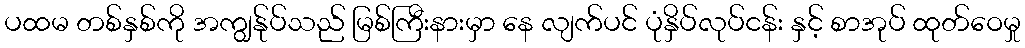
ပထမ တစ်နှစ်ကို အကျွန်ုပ်သည် မြစ်ကြီးနားမှာ နေ လျက်ပင် ပုံနှိပ်လုပ်ငန်း နှင့် စာအုပ် ထုတ်ဝေမှု